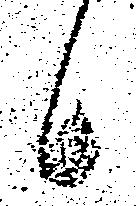
候